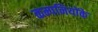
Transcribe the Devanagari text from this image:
कम्पनियोंके